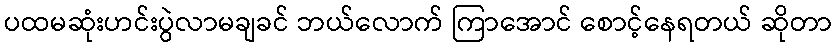
ပထမဆုံးဟင်းပွဲလာမချခင် ဘယ်လောက် ကြာအောင် စောင့်နေရတယ် ဆိုတာ